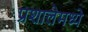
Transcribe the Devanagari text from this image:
प्रशालेमध्ये